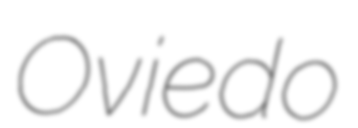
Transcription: Oviedo